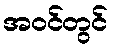
အဝင်တွင်